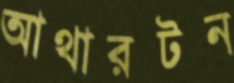
আথারটন